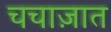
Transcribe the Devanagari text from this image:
चचाज़ात